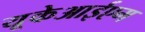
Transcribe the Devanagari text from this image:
यूकेआईएम